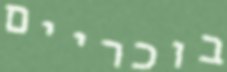
בוכריים